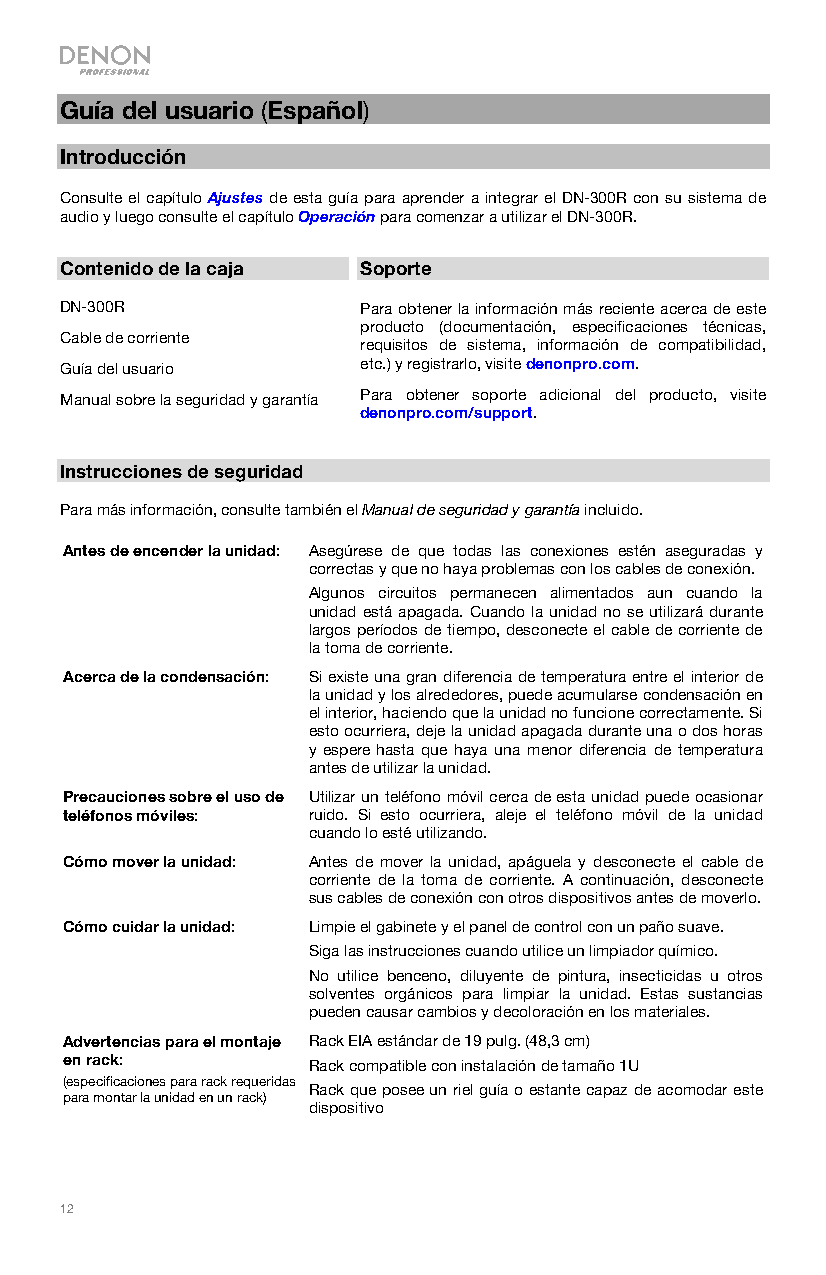
Guía del usuario (Español)
 Introducción
 Consulte el capítulo Ajustes de esta guía para aprender a integrar el DN-300R con su sistema de
 audio y luego consulte el capítulo Operación para comenzar a utilizar el DN-300R.
 Contenido de la caja Soporte
 DN-300R             Para obtener la información más reciente acerca de este
 producto (documentación, especificaciones técnicas,
 Cable de corriente
 requisitos de sistema, información de compatibilidad,
 Guía del usuario    etc.) y registrarlo, visite denonpro.com.
 Manual sobre la seguridad y garantía Para obtener soporte adicional del producto, visite
 denonpro.com/support.
 Instrucciones de seguridad
 Para más información, consulte también el Manual de seguridad y garantía incluido.
 Antes de encender la unidad: Asegúrese de que todas las conexiones estén aseguradas y
 correctas y que no haya problemas con los cables de conexión.
 Algunos circuitos permanecen alimentados aun cuando la
 unidad está apagada. Cuando la unidad no se utilizará durante
 largos períodos de tiempo, desconecte el cable de corriente de
 la toma de corriente.
 Acerca de la condensación: Si existe una gran diferencia de temperatura entre el interior de
 la unidad y los alrededores, puede acumularse condensación en
 el interior, haciendo que la unidad no funcione correctamente. Si
 esto ocurriera, deje la unidad apagada durante una o dos horas
 y espere hasta que haya una menor diferencia de temperatura
 antes de utilizar la unidad.
 Precauciones sobre el uso de Utilizar un teléfono móvil cerca de esta unidad puede ocasionar
 teléfonos móviles: ruido. Si esto ocurriera, aleje el teléfono móvil de la unidad
 cuando lo esté utilizando.
 Cómo mover la unidad: Antes de mover la unidad, apáguela y desconecte el cable de
 corriente de la toma de corriente. A continuación, desconecte
 sus cables de conexión con otros dispositivos antes de moverlo.
 Cómo cuidar la unidad: Limpie el gabinete y el panel de control con un paño suave.
 Siga las instrucciones cuando utilice un limpiador químico.
 No utilice benceno, diluyente de pintura, insecticidas u otros
 solventes orgánicos para limpiar la unidad. Estas sustancias
 pueden causar cambios y decoloración en los materiales.
 Advertencias para el montaje Rack EIA estándar de 19 pulg. (48,3 cm)
 en rack:        Rack compatible con instalación de tamaño 1U
 (especificaciones para rack requeridas
 Rack que posee un riel guía o estante capaz de acomodar este
 para montar la unidad en un rack)
 dispositivo
 12